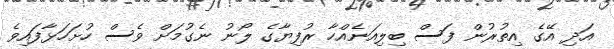
އަދި އޭގެ އިތުރުން ފަސް ބިލިއަނެއްހާ ރުފިޔާގެ ލޯނު ނެގުމަށް ވެސް ހުށަހަޅާފައިވެ